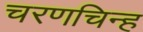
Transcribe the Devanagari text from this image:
चरणचिन्ह